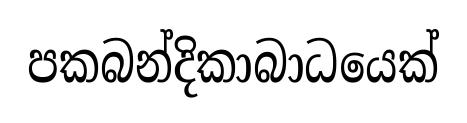
පකබන්දිකාබාධයෙක්